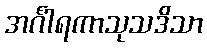
အင်္ဂါရကာသုသဒိသာ